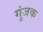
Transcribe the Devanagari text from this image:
गुंजक